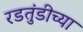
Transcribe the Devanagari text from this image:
रडतुंडीच्या